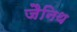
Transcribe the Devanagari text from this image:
जैनिथ